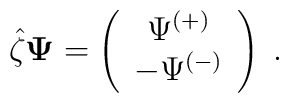
\hat{\zeta}{\bf \Psi}=\left(\begin{array}{c}\Psi^{(+)}\\ -\Psi^{(-)} \end{array}\right)\;.